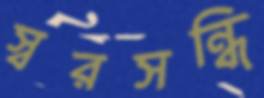
স্বরসন্ধি